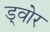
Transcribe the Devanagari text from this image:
ड्वोर